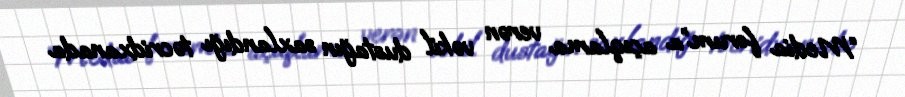
“Media forum”a açıqlama verən vəkil dustağın saxlandığı təcridxanada